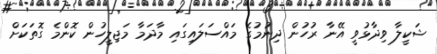
ޝަކީލާ ވިދާޅުވީ އޭނާ ރުހުން ދިނުމުގެ މައްސަލައިގައި މާދަމާ މަޖިލީހުން ކޮންމެ ގޮތަކަށް